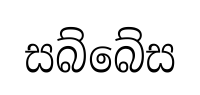
සබ්බේස